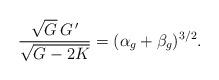
LaTeX: \begin{align*}\dfrac{\sqrt{G} \, G^{\,\prime}}{\sqrt{G-2K}} = (\alpha_g + \beta_g)^{3/2}.\end{align*}